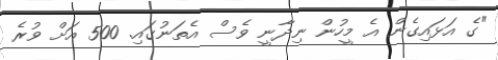
"ގެ އަޅައިގެން އެ މީހުން ނިދާނީ ވެސް އެތަނުގައި. 500 އަށް ވުރެ